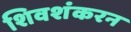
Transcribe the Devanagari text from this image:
शिवशंकरन